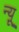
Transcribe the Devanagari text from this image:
न्यू़